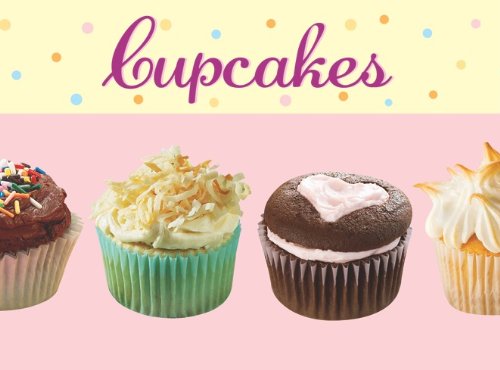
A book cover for Cupcakes Recipe Card Box (Recipe Tin Boxed Sets); Publications International Staff; Cookbooks, Food & Wine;